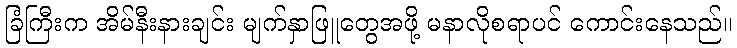
ခြံကြီးက အိမ်နီးနားချင်း မျက်နှာဖြူတွေအဖို့ မနာလိုစရာပင် ကောင်းနေသည်။